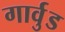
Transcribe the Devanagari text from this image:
गार्वुड